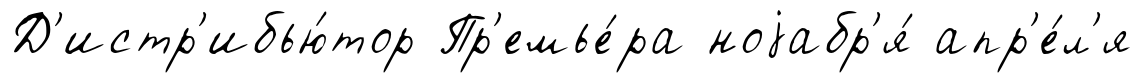
Д'истр'ибью́тор Пр'емье́ра ноjабр'я́ апр'е́л'я